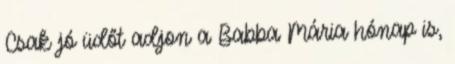
Csak jó üdőt adjon a Babba Mária hónap is,